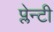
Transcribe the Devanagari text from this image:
प्लेन्टी